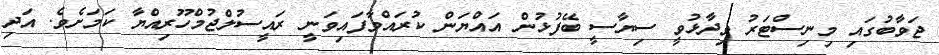
ޖަވާބުގައި މިނިސްޓަރު ވިދާޅުވީ ސިޔާސީ ބޭފުޅުން އައްޔަން ކުރައްވާފައިވަނީ ރައީސުލްޖުމްހޫރިއްޔާ ކަމަށެވެ. އަދި